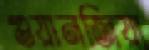
গুয়ানজিয়া